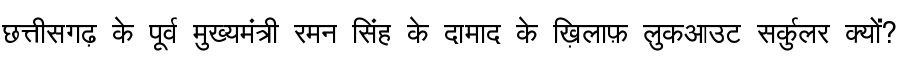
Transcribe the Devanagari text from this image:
छत्तीसगढ़ के पूर्व मुख्यमंत्री रमन सिंह के दामाद के ख़िलाफ़ लुकआउट सर्कुलर क्यों?